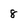
Character: 8